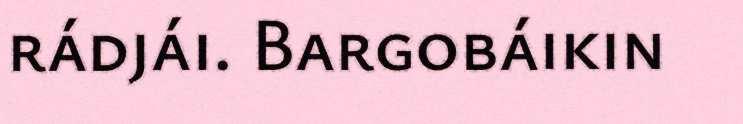
rádjái. Bargobáikin